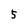
Character: 5